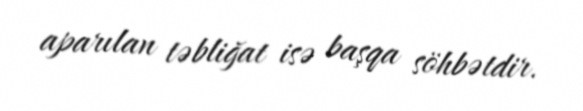
aparılan təbliğat isə başqa söhbətdir.